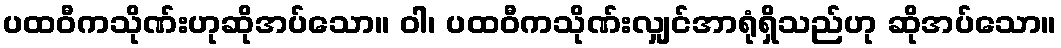
ပထဝီကသိုဏ်းဟုဆိုအပ်သော။ ဝါ၊ ပထဝီကသိုဏ်းလျှင်အာရုံရှိသည်ဟု ဆိုအပ်သော။